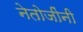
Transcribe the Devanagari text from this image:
नेतोजींनी